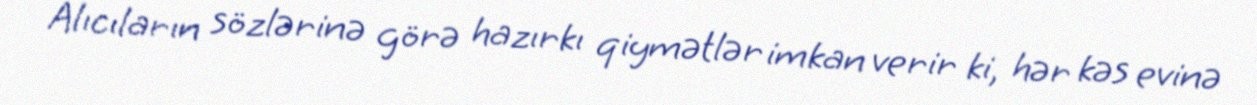
Alıcıların sözlərinə görə hazırkı qiymətlər imkan verir ki, hər kəs evinə